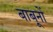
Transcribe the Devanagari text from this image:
बाबूनों